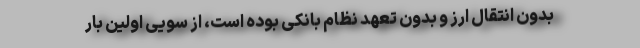
بدون انتقال ارز و بدون تعهد نظام بانکی بوده است، از سویی اولین بار